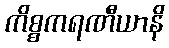
ကိစ္စကရဏီယာနိ